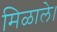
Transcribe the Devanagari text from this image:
मिळाले।